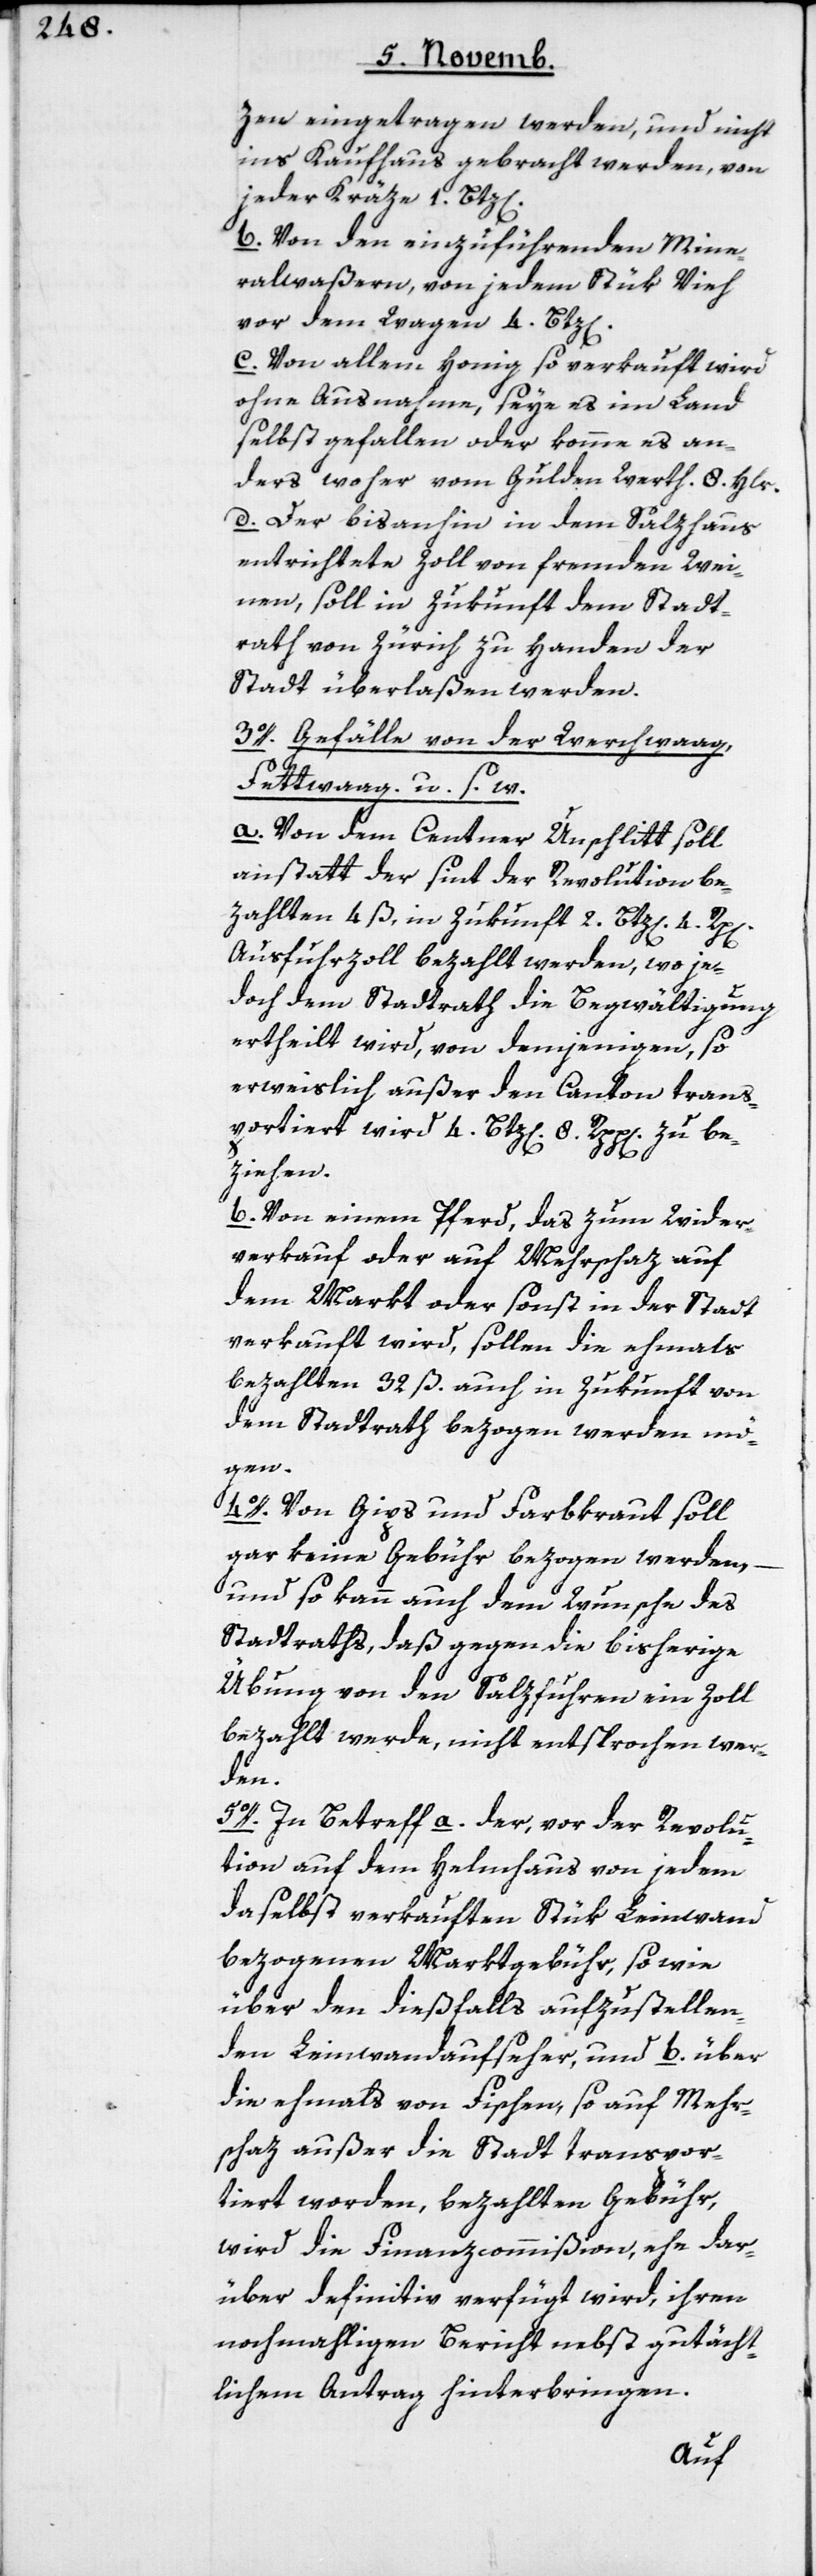
zen eingetragen werden und nicht
ins Kaufhaus gebracht werden, von
jeder Kräze 1. Btz[en].
b) Von den einzuführenden Mine¬
ralwaßern, von jedem Stük Vieh
vor dem Wagen 4. Btz[en].
c) Von allem Honig, so verkauft wird
ohne Ausnahme, seye es im Land
selbst gefallen oder komme es an¬
ders woher, vom Gulden Werth. 8. Hlr.
d) Der bis anhin in dem Salzhaus
entrichtete Zoll von fremden Wei¬
nen, soll in Zukunft dem Stadt¬
rath von Zürich zu Handen der
Stadt überlaßen werden.
3o. Gefälle von der Werchwaag,
Fettwaag u. s. w.
a) Von dem Centner Unschlitt soll
anstatt der sint der Revolution be¬
zahlten 4 ß, in Zukunft 2 Btz[en]. 4.
Ausfuhrzoll bezahlt werden, wo je¬
doch dem Stadtrath die Begwältigung
ertheilt wird, von demjenigen, so
erweislich außer den Canton trans¬
portiert wird 4. Btz[en]. 8. Rpp[en]. zu be¬
ziehen.
b) Von einem Pferd, das zum Wider¬
verkauf oder auf Mehrschaz auf
dem Markt oder sonst in der Stadt
verkauft wird, sollen die ehemahls
bezahlten 32 ß. auch in Zukunft von
dem Stadtrath bezogen werden mö¬
gen.
4o. Von Gips und Farbkraut soll
gar keine Gebühr bezogen werden, –
und so kann auch dem Wunsche des
Stadtraths, daß gegen die bisherige
Übung von den Salzfuhren ein Zoll
bezahlt werde, nicht entsprochen wer¬
den.
5o. In Betreff a) der, vor der Revolu¬
tion auf dem Helmhaus von jedem
daselbst verkauften Stük Leinwand
bezogenen Marktgebühr, sowie
über den dießfalls aufzustellen¬
den Leinwandaufseher, und b), über
die ehmahls von Fischen, so auf Mehr¬
schatz außer die Stadt transpor¬
tiert worden, bezahlten Gebühr,
wird die Finanzcommißion, ehe dar¬
über definitiv verfügt wird, ihren
nochmahligen Bericht nebst gutächt¬
lichem Antrag hinterbringen.